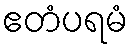
ဧတံပရမံ